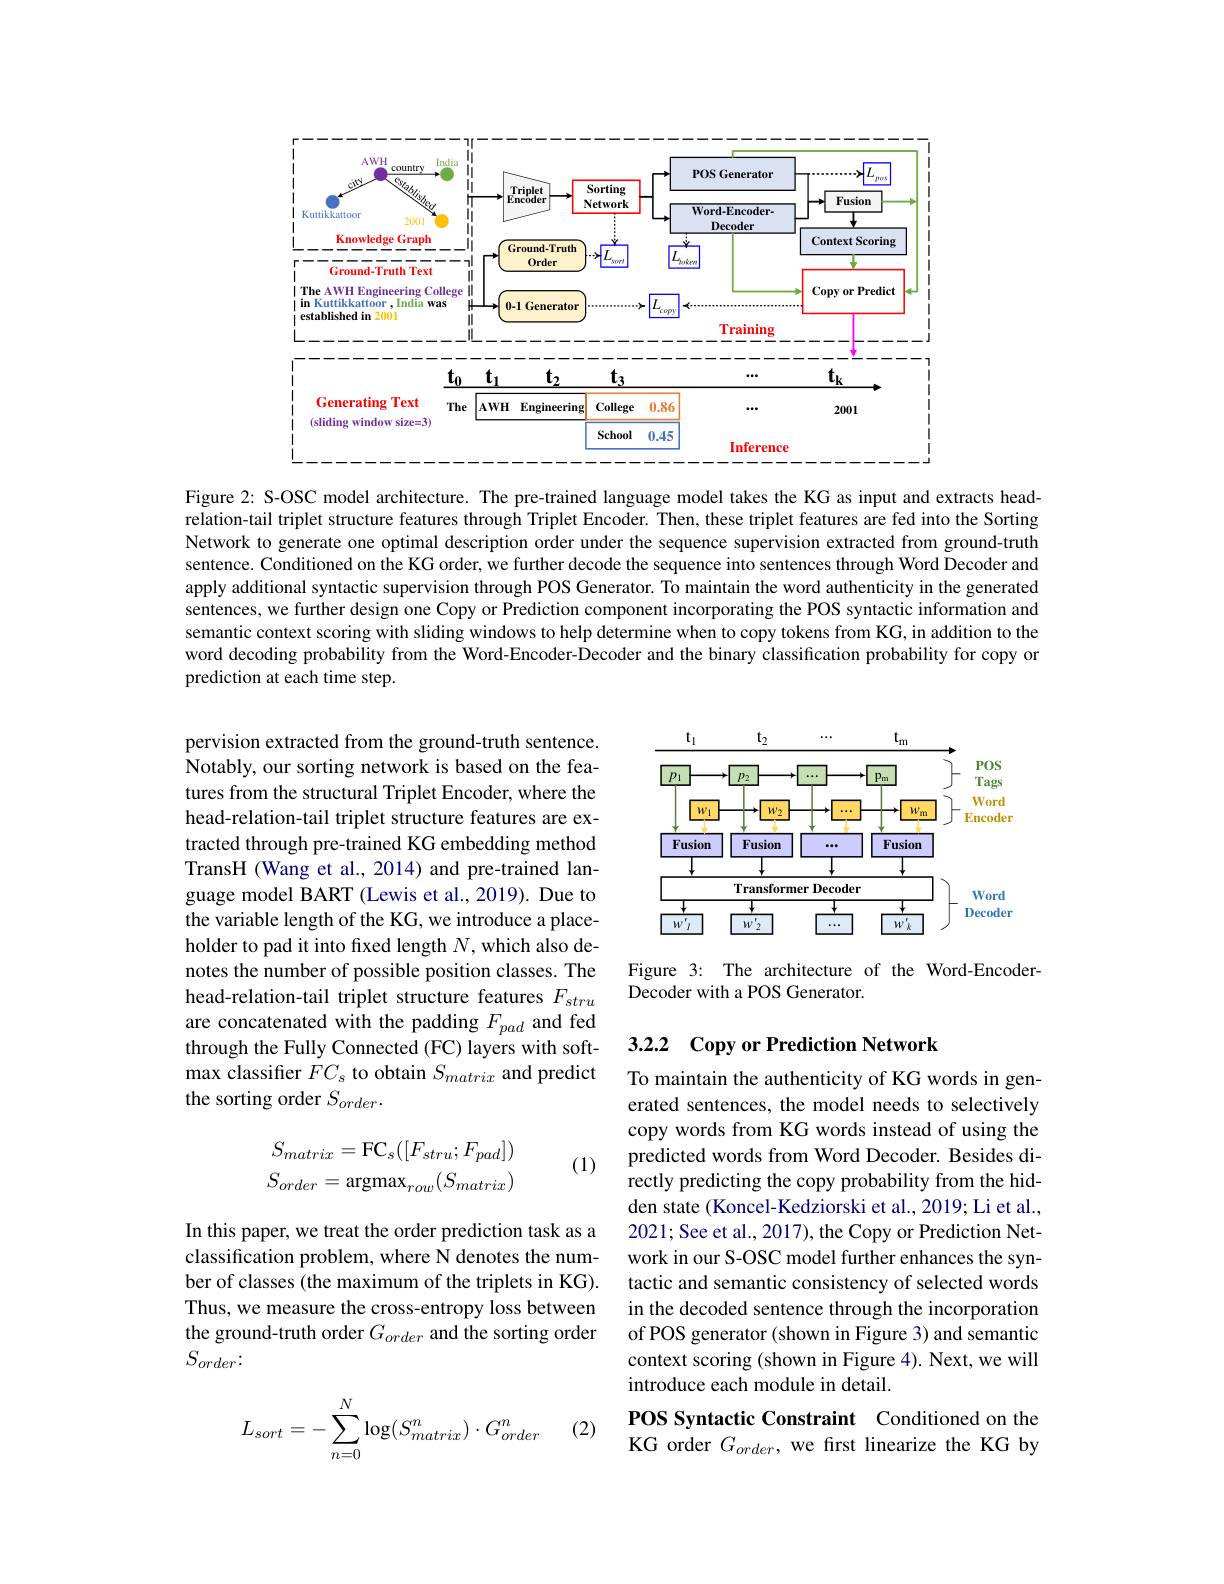
<FigureHere>

Figure 2: S-OSC model architecture. The pre-trained language model takes the KG as input and extracts headrelation-tail triplet structure features through Triplet Encoder. Then, these triplet features are fed into the Sorting Network to generate one optimal description order under the sequence supervision extracted from ground-truth sentence. Conditioned on the KG order, we further decode the sequence into sentences through Word Decoder and apply additional syntactic supervision through POS Generator. To maintain the word authenticity in the generated sentences, we further design one Copy or Prediction component incorporating the POS syntactic information and semantic context scoring with sliding windows to help determine when to copy tokens from KG, in addition to the word decoding probability from the Word-Encoder-Decoder and the binary classification probability for copy or prediction at each time step.

<FigureHere>

pervision extracted from the ground-truth sentence. Notably, our sorting network is based on the features from the structural Triplet Encoder, where the head-relation-tail triplet structure features are extracted through pre-trained KG embedding method TransH (Wang et al., 2014) and pre-trained language model BART (Lewis et al.,2019). Due to the variable length of the KG, we introduce a placeholder to pad it into fixed length $N$,which also denotes the number of possible position classes. The head-relation-tail triplet structure features $F_{stru}$ are concatenated with the padding $F_{pad}$ and fed through the Fully Connected (FC) layers with softmax classifier $FC_s$ to obtain $S_matrix$ and predict the sorting order $S_{order}.$

Figure 3: The architecture of the Word-Encoder-
Decoder with a POS Generator.

# 3.2.2 Copy or Prediction Network

(1)
$$\begin{aligned}S_{matrix}&=\mathrm{FC}_s([F_{stru};F_{pad}])\\S_{order}&=\mathrm{argmax}_{row}(S_{matrix})\end{aligned}$$
To maintain the authenticity of KG words in generated sentences, the model needs to selectively copy words from KG words instead of using the predicted words from Word Decoder. Besides directly predicting the copy probability from the hidden state (Koncel-Kedziorski et al., 2019; Li et al., 2021; See et al., 2017), the Copy or Prediction Network in our S-OSC model further enhances the syntactic and semantic consistency of selected words in the decoded sentence through the incorporation of POS generator (shown in Figure 3) and semantic context scoring (shown in Figure 4). Next, we will introduce each module in detail.

In this paper, we treat the order prediction task as a classification problem, where N denotes the number of classes (the maximum of the triplets in KG). Thus, we measure the cross-entropy loss between the ground-truth order $G_{order}$ and the sorting order $S_{order}.$

(2)
$$L_{sort}=-\sum_{n=0}^N\log(S_{matrix}^n)\cdot G_{order}^n$$
POS Syntactic Constraint Conditioned on the KG order $G_{order}$, we first linearize the KG by